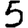
Digit: 5